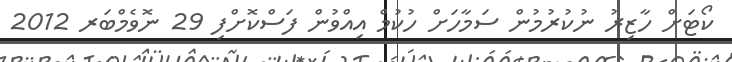
ކޯޓަށް ހާޒިރު ނުކުރުމުން ސަމާހަށް ހުކުމް އިއްވުން ފަސްކޮށްފި 29 ނޮވެމްބަރ 2012